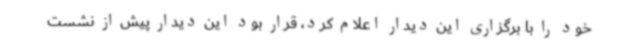
خود را با برگزاری این دیدار اعلام کرد، قرار بود این دیدار پیش از نشست